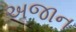
અજાન